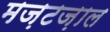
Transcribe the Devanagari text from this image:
मज़टज़ाल